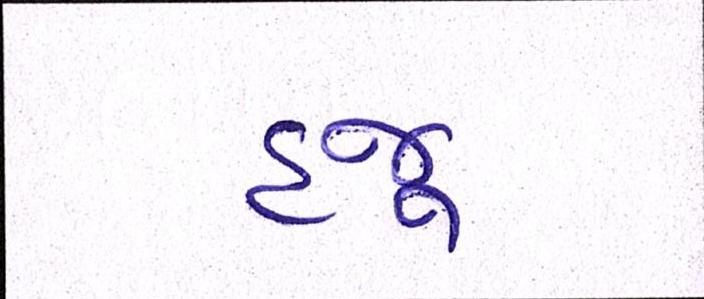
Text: હજૂ